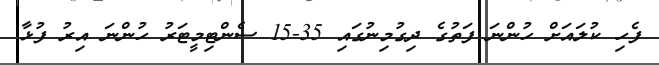
ފެހި ކުލައަށް ހުންނަ ފަތުގެ ދިގުމިނުގައި 35-15 ސެންޓިމީޓަރު ހުންނަ އިރު ފުޅާ